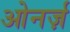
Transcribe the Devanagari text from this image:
ओनर्ज़